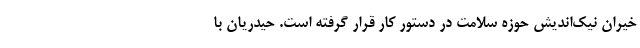
خیران نیک‌اندیش حوزه سلامت در دستور کار قرار گرفته است. حیدریان با